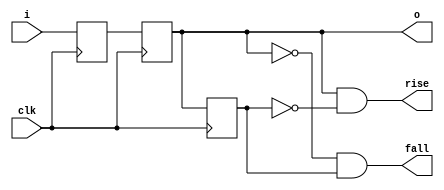
// Software License Agreement

// The software supplied herewith by Analogue Enterprises Limited (the "Company),
// the Analogue Pocket Framework (APF), is provided and licensed to you, the
// Company's customer, solely for use in designing, testing and creating
// applications for use with Company's Products or Services.  The software is
// owned by the Company and/or its licensors, and is protected under applicable
// laws, including, but not limited to, U.S. copyright law. All rights are
// reserved. By using the APF code you are agreeing to the terms of the End User
// License Agreement (EULA) located at [https://www.analogue.link/pocket-eula]
// and incorporated herein by reference.

// THE SOFTWARE IS PROVIDED "AS-IS" AND WE EXPRESSLY DISCLAIM ANY IMPLIED
// WARRANTIES TO THE FULLEST EXTENT PROVIDED BY LAW, INCLUDING BUT NOT LIMITED TO,
// ANY WARRANTY OF MERCHANTABILITY, FITNESS FOR A PARTICULAR PURPOSE, TITLE OR
// NON-INFRINGEMENT. TO THE EXTENT APPLICABLE LAWS PROHIBIT TERMS OF USE FROM
// DISCLAIMING ANY IMPLIED WARRANTY, SUCH IMPLIED WARRANTY SHALL BE LIMITED TO THE
// MINIMUM WARRANTY PERIOD REQUIRED BY LAW, AND IF NO SUCH PERIOD IS REQUIRED,
// THEN THIRTY (30) DAYS FROM FIRST USE OF THE SOFTWARE. WE CANNOT GUARANTEE AND
// DO NOT PROMISE ANY SPECIFIC RESULTS FROM USE OF THE SOFTWARE. WITHOUT LIMITING
// THE FOREGOING, WE DO NOT WARRANT THAT THE SOFTWARE WILL BE UNINTERRUPTED OR
// ERROR-FREE.  IN NO EVENT WILL WE BE LIABLE TO YOU OR ANY OTHER PERSON FOR ANY
// INDIRECT, CONSEQUENTIAL, EXEMPLARY, INCIDENTAL, SPECIAL OR PUNITIVE DAMAGES,
// INCLUDING BUT NOT LIMITED TO, LOST PROFITS ARISING OUT OF YOUR USE, OR
// INABILITY TO USE, THE SOFTWARE, EVEN IF WE HAVE BEEN ADVISED OF THE POSSIBILITY
// OF SUCH DAMAGES. UNDER NO CIRCUMSTANCES SHALL OUR LIABILITY TO YOU FOR ANY
// CLAIM OR CAUSE OF ACTION WHATSOEVER, AND REGARDLESS OF THE FORM OF THE ACTION,
// WHETHER ARISING IN CONTRACT, TORT OR OTHERWISE, EXCEED THE AMOUNT PAID BY YOU
// TO US, IF ANY, DURING THE 90 DAY PERIOD IMMEDIATELY PRECEDING THE DATE ON WHICH
// YOU FIRST ASSERT ANY SUCH CLAIM. THE FOREGOING LIMITATIONS SHALL APPLY TO THE
// FULLEST EXTENT PERMITTED BY APPLICABLE LAW.
//
// 2-stage synchronizer
//
module synch_2 #(parameter WIDTH = 1) (
    input  wire [WIDTH-1:0] i,      // input signal
    output reg  [WIDTH-1:0] o,      // synchronized output
    input  wire             clk,    // clock to synchronize on
    output wire             rise,   // one-cycle rising edge pulse
    output wire             fall    // one-cycle falling edge pulse
);

reg [WIDTH-1:0] stage_1;
reg [WIDTH-1:0] stage_2;
reg [WIDTH-1:0] stage_3;

assign rise = (WIDTH == 1) ? (o & ~stage_2) : 1'b0;
assign fall = (WIDTH == 1) ? (~o & stage_2) : 1'b0;
always @(posedge clk) 
   {stage_2, o, stage_1} <= {o, stage_1, i};
   
endmodule


//
// 3-stage synchronizer
//
module synch_3 #(parameter WIDTH = 1) (
   input  wire [WIDTH-1:0] i,     // input signal
   output reg  [WIDTH-1:0] o,     // synchronized output
   input  wire             clk,   // clock to synchronize on
   output wire             rise,   // one-cycle rising edge pulse
   output wire             fall    // one-cycle falling edge pulse
);

reg [WIDTH-1:0] stage_1;
reg [WIDTH-1:0] stage_2;
reg [WIDTH-1:0] stage_3;

assign rise = (WIDTH == 1) ? (o & ~stage_3) : 1'b0;
assign fall = (WIDTH == 1) ? (~o & stage_3) : 1'b0;
always @(posedge clk) 
   {stage_3, o, stage_2, stage_1} <= {o, stage_2, stage_1, i};
   
endmodule


module bram_block_dp #(
   parameter DATA = 32,
   parameter ADDR = 7
) (
   input  wire            a_clk,
   input  wire            a_wr,
   input  wire [ADDR-1:0] a_addr,
   input  wire [DATA-1:0] a_din,
   output reg  [DATA-1:0] a_dout,
 
   input  wire            b_clk,
   input  wire            b_wr,
   input  wire [ADDR-1:0] b_addr,
   input  wire [DATA-1:0] b_din,
   output reg  [DATA-1:0] b_dout
);

reg [DATA-1:0] mem [(2**ADDR)-1:0];
 
always @(posedge a_clk) begin
   if(a_wr) begin
      a_dout <= a_din;
      mem[a_addr] <= a_din;
   end else
      a_dout <= mem[a_addr];
end
 
always @(posedge b_clk) begin
   if(b_wr) begin
      b_dout <= b_din;
      mem[b_addr] <= b_din;
   end else
      b_dout <= mem[b_addr];
end

endmodule


module bram_block_dp_nonstd #(
   parameter DATA = 32,
   parameter ADDR = 7,
   parameter DEPTH = 128
) (
   input  wire            a_clk,
   input  wire            a_wr,
   input  wire [ADDR-1:0] a_addr,
   input  wire [DATA-1:0] a_din,
   output reg  [DATA-1:0] a_dout,
 
   input  wire            b_clk,
   input  wire            b_wr,
   input  wire [ADDR-1:0] b_addr,
   input  wire [DATA-1:0] b_din,
   output reg  [DATA-1:0] b_dout
);

reg [DATA-1:0] mem [DEPTH-1:0];
 
always @(posedge a_clk) begin
   if(a_wr) begin
      a_dout <= a_din;
      mem[a_addr] <= a_din;
   end else
      a_dout <= mem[a_addr];
end
 
always @(posedge b_clk) begin
   if(b_wr) begin
      b_dout <= b_din;
      mem[b_addr] <= b_din;
   end else
      b_dout <= mem[b_addr];
end

endmodule